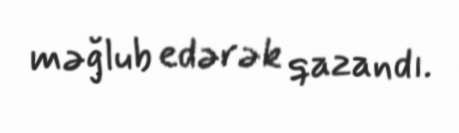
məğlub edərək qazandı.